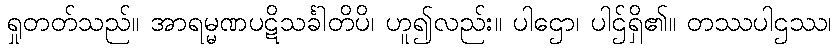
ရှုတတ်သည်။ အာရမ္မဏပဋိသင်္ခါတိပိ၊ ဟူ၍လည်း။ ပါဌော၊ ပါဌ်ရှိ၏။ တဿပါဌဿ၊